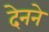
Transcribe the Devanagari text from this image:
देनने